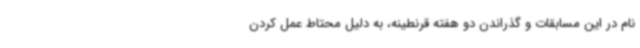
نام در این مسابقات و گذراندن دو هفته قرنطینه، به دلیل محتاط عمل کردن